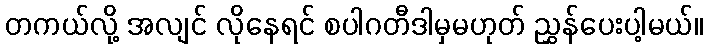
တကယ်လို့ အလျင် လိုနေရင် စပါဂတီဒါမှမဟုတ် ညွှန်ပေးပါ့မယ်။